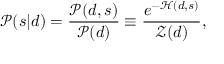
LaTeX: { \mathcal { P } } ( s | d ) = { \frac { { \mathcal { P } } ( d , s ) } { { \mathcal { P } } ( d ) } } \equiv { \frac { e ^ { - { \mathcal { H } } ( d , s ) } } { { \mathcal { Z } } ( d ) } } ,